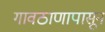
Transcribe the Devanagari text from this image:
गावठाणापासून